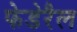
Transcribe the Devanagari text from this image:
फेडेरैल